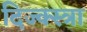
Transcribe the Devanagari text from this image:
दिज्क्स्त्रा